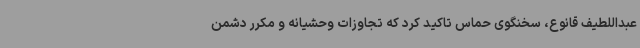
عبداللطیف قانوع، سخنگوی حماس تاکید کرد که تجاوزات وحشیانه و مکرر دشمن